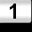
Digit: 1